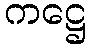
ကဋ္ဌေ